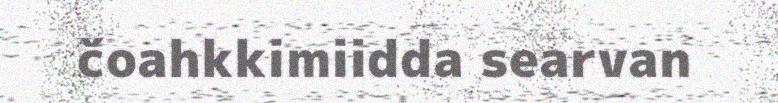
čoahkkimiidda searvan